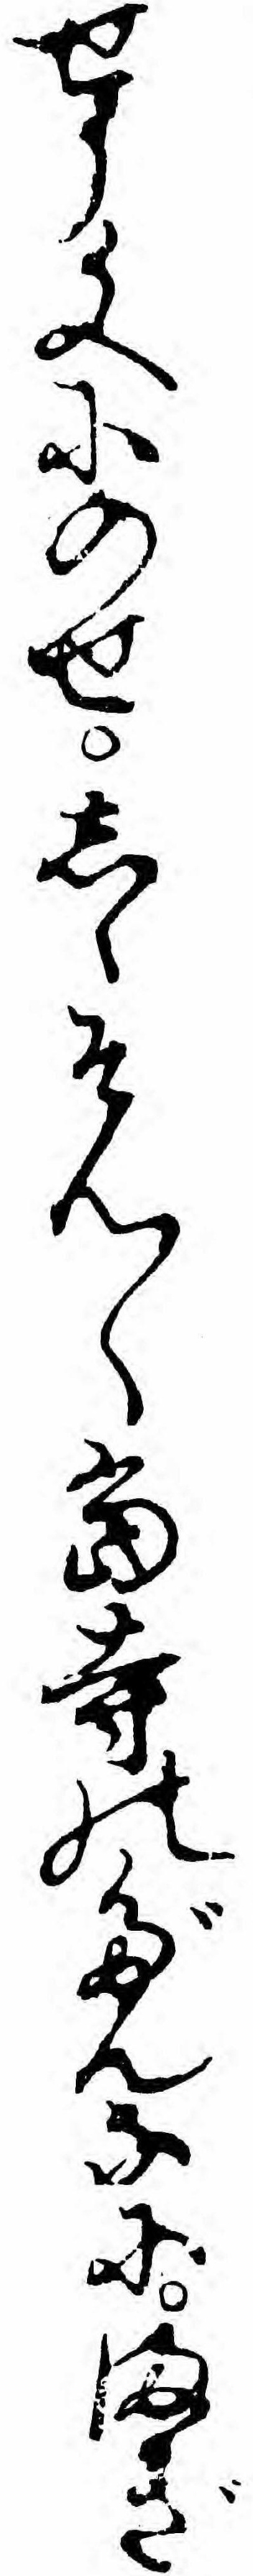
せう文にのせしゝそん〱当寺のだんなにまぎ